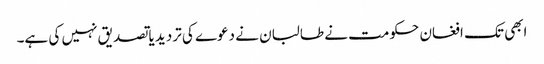
ابھی تک افغان حکومت نے طالبان نے دعوے کی تردید یا تصدیق نہیں کی ہے۔